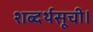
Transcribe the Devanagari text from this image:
शब्दर्थसूची।